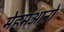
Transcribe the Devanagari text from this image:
मेहमआनो